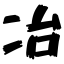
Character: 冶